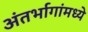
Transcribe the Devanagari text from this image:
अंतर्भागांमध्ये